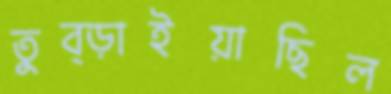
তুব্‌ড়াইয়াছিল